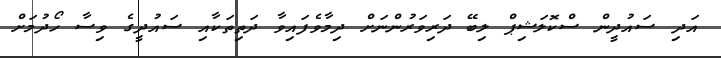
އަދި ސައުދީން ސްކޮލަޝިޕް ލިބޭ ދަރިވަރުންނަށް ދިމާވެފައިވާ ދަތިތަކާއި ސައުދީގެ ވިސާ ހޯދުމަށް